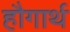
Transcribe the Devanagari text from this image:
हौगार्थ